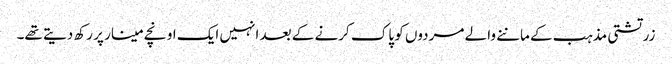
زرتشتی مذہب کے ماننے والے مردوں کو پاک کرنے کے بعد انہیں ایک اونچے مینار پر رکھ دیتے تھے۔